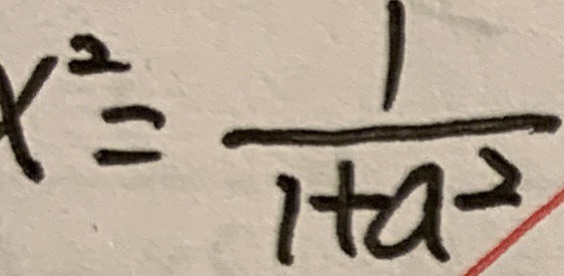
x ^ { 2 } = \frac { 1 } { 1 + a ^ { 2 } }